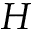
H